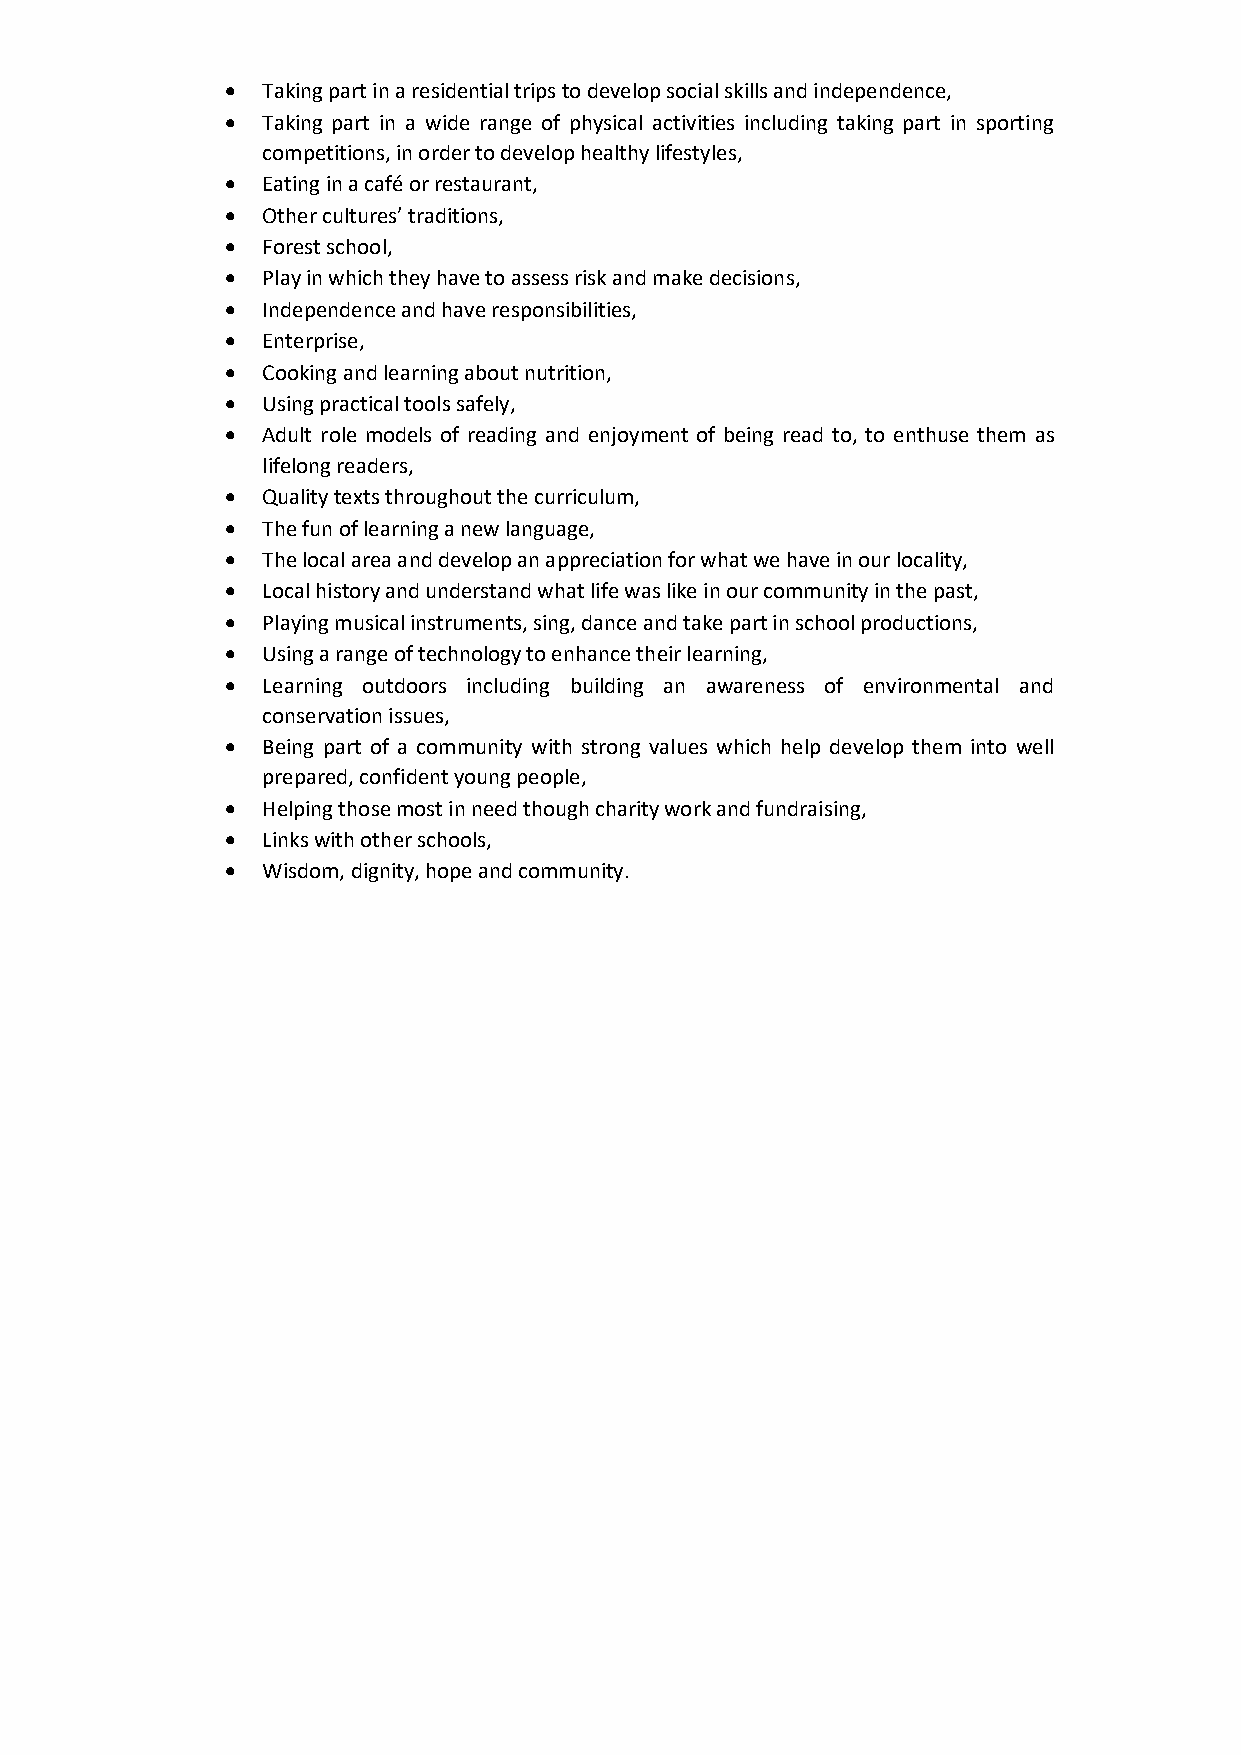
 Taking part in a residential trips to develop social skills and independence,
  Taking part in a wide range of physical activities including taking part in sporting
 competitions, in order to develop healthy lifestyles,
  Eating in a café or restaurant,
  Other cultures’ traditions,
  Forest school,
  Play in which they have to assess risk and make decisions,
  Independence and have responsibilities,
  Enterprise,
  Cooking and learning about nutrition,
  Using practical tools safely,
  Adult role models of reading and enjoyment of being read to, to enthuse them as
 lifelong readers,
  Quality texts throughout the curriculum,
  The fun of learning a new language,
  The local area and develop an appreciation for what we have in our locality,
  Local history and understand what life was like in our community in the past,
  Playing musical instruments, sing, dance and take part in school productions,
  Using a range of technology to enhance their learning,
  Learning outdoors including building an awareness of environmental and
 conservation issues,
  Being part of a community with strong values which help develop them into well
 prepared, confident young people,
  Helping those most in need though charity work and fundraising,
  Links with other schools,
  Wisdom, dignity, hope and community.